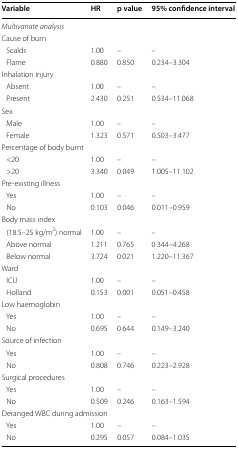
<table><thead><tr><td><b>Variable</b></td><td><b>HR</b></td><td><b>p value</b></td><td><b>95% confidence interval</b></td></tr></thead><tbody><tr><td colspan="4"><i>Multivariate analysis</i></td></tr><tr><td colspan="4">Cause of burn</td></tr><tr><td> Scalds</td><td>1.00</td><td>–</td><td>–</td></tr><tr><td> Flame</td><td>0.880</td><td>0.850</td><td>0.234–3.304</td></tr><tr><td colspan="4">Inhalation injury</td></tr><tr><td> Absent</td><td>1.00</td><td>–</td><td>–</td></tr><tr><td> Present</td><td>2.430</td><td>0.251</td><td>0.534–11.068</td></tr><tr><td colspan="4">Sex</td></tr><tr><td> Male</td><td>1.00</td><td>–</td><td>–</td></tr><tr><td> Female</td><td>1.323</td><td>0.571</td><td>0.503–3.477</td></tr><tr><td colspan="4">Percentage of body burnt</td></tr><tr><td> &lt;20</td><td>1.00</td><td>–</td><td>–</td></tr><tr><td> &gt;20</td><td>3.340</td><td>0.049</td><td>1.005–11.102</td></tr><tr><td colspan="4">Pre-existing illness</td></tr><tr><td> Yes</td><td>1.00</td><td>–</td><td>–</td></tr><tr><td> No</td><td>0.103</td><td>0.046</td><td>0.011–0.959</td></tr><tr><td colspan="4">Body mass index</td></tr><tr><td> (18.5–25 kg/m<sup>2</sup>) normal</td><td>1.00</td><td>–</td><td>–</td></tr><tr><td> Above normal</td><td>1.211</td><td>0.765</td><td>0.344–4.268</td></tr><tr><td> Below normal</td><td>3.724</td><td>0.021</td><td>1.220–11.367</td></tr><tr><td colspan="4">Ward</td></tr><tr><td> ICU</td><td>1.00</td><td>–</td><td>–</td></tr><tr><td> Holland</td><td>0.153</td><td>0.001</td><td>0.051–0.458</td></tr><tr><td colspan="4">Low haemoglobin</td></tr><tr><td> Yes</td><td>1.00</td><td>–</td><td>–</td></tr><tr><td> No</td><td>0.695</td><td>0.644</td><td>0.149–3.240</td></tr><tr><td colspan="4">Source of infection</td></tr><tr><td> Yes</td><td>1.00</td><td>–</td><td>–</td></tr><tr><td> No</td><td>0.808</td><td>0.746</td><td>0.223–2.928</td></tr><tr><td colspan="4">Surgical procedures</td></tr><tr><td> Yes</td><td>1.00</td><td>–</td><td>–</td></tr><tr><td> No</td><td>0.509</td><td>0.246</td><td>0.163–1.594</td></tr><tr><td colspan="4">Deranged WBC during admission</td></tr><tr><td> Yes</td><td>1.00</td><td>–</td><td>–</td></tr><tr><td> No</td><td>0.295</td><td>0.057</td><td>0.084–1.035</td></tr></tbody></table>